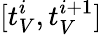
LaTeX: [t_{V}^{i},t_{V}^{i+1}]